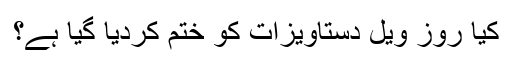
کیا روز ویل دستاویزات کو ختم کردیا گیا ہے؟